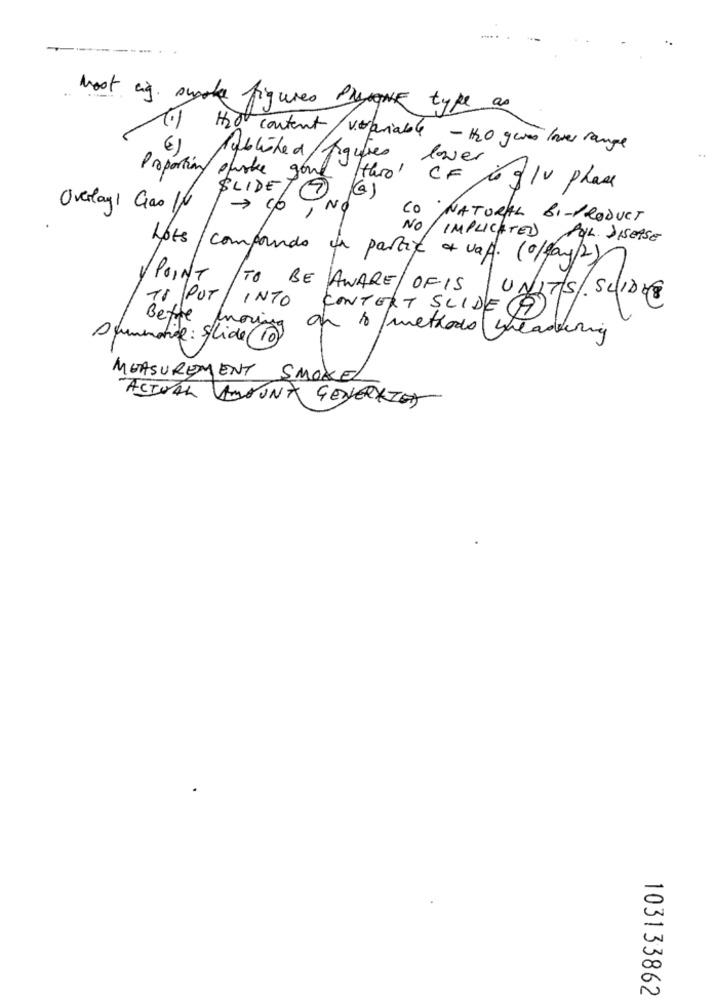
Most ag smoke figures PryNNE type as
Hot
€)
content/ variable - H2O geres lower range
Published/ figures lower
Proportion spurte gond thro' CF to flv place
SLIDE7 (G)
Overlayi Goo IN
> co
,NO
CO NATURAL BI-PRODUCT
Lots
NO/ IMPLICATED POL. DISEASE
compounds un partic a val. (0/day/2)
POINT
TO BE AWARE OF IS
UNITS. SLIDER
TI PUT INTO CONTENT SLIDE (9)
Bette
Dummnotice: Slide (10)
on to methods yreading
MEASUREMENT SMOKEL
ACTUAL AMOUNT GENERAION
103133862